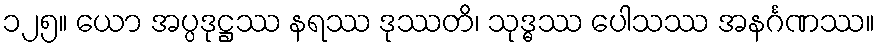
၁၂၅။ ယော အပ္ပဒုဋ္ဌဿ နရဿ ဒုဿတိ၊ သုဒ္ဓဿ ပေါသဿ အနင်္ဂဏဿ။